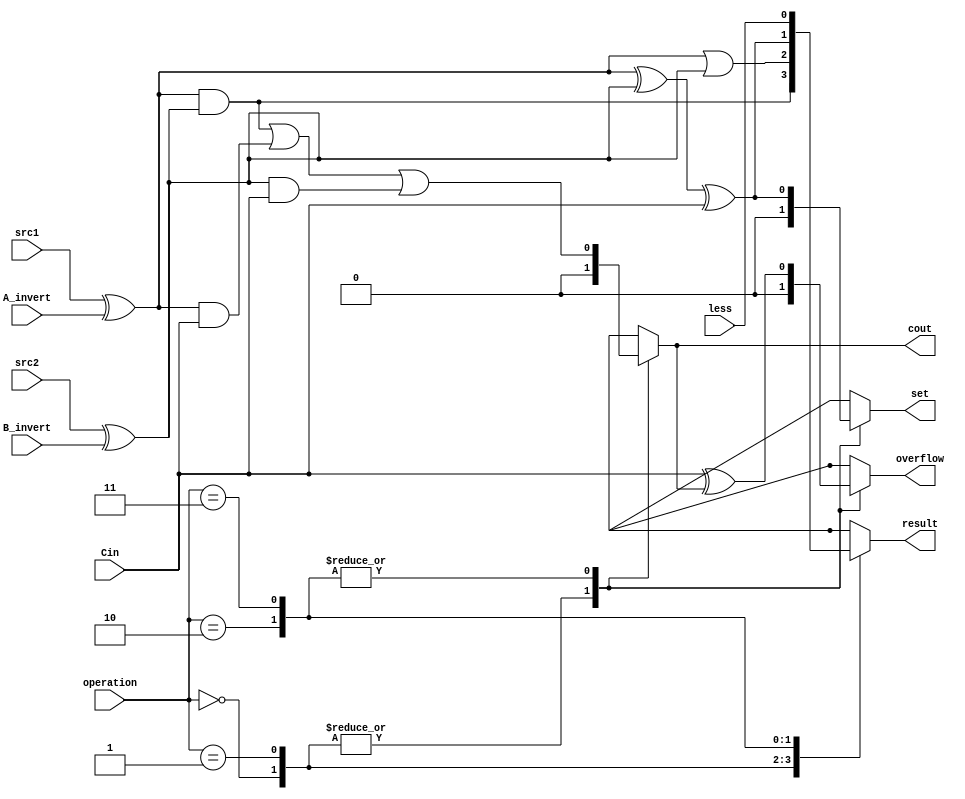
/***************************************************
Student Name: 
Student ID: 
***************************************************/
`timescale 1ns/1ps

module ALU_1bit_MSB(
	input				src1,       //1 bit source 1  (input)
	input				src2,       //1 bit source 2  (input)
	input 				less,       //1 bit less      (input)
	input 				A_invert,    //1 bit A_invert  (input)
	input				B_invert,    //1 bit B_invert  (input)
	input 				Cin,        //1 bit carry in  (input)
	input 			[2-1:0] operation,  //2 bit operation (input)
	output reg    			result,     //1 bit result    (output)
	output reg	    		cout,        //1 bit carry out (output)
	output reg 			set,
	output reg     			overflow
	);

/* Write your code HERE */
wire in1 = src1 ^ A_invert; // implicit continuous assignment
wire in2 = src2 ^ B_invert;
wire AND = in1 & in2;
wire OR  = in1 | in2;
wire SUM = in1 ^ in2 ^ Cin;

always @* 
	begin
		case(operation)
			2'd0: begin result <= AND; cout <= 0; set <= 0; overflow <=0; end
			2'd1: begin result <= OR; cout <= 0; set <= 0; overflow <=0; end
			2'd2: 
				begin
					result <= SUM;
					cout <=  in1&in2 | in1&Cin | in2&Cin;
					set  <= SUM;    
					overflow <= Cin ^ cout; // Cin xor Cout to detect overflow
				end
			2'd3: 
				begin
					result <= less;
					cout <=  in1&in2 | in1&Cin | in2&Cin;
					set  <= SUM;    
					overflow <= Cin ^ cout; // Cin xor Cout to detect overflow
				end
		endcase
	end


endmodule